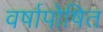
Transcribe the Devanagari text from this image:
वर्षापोषित